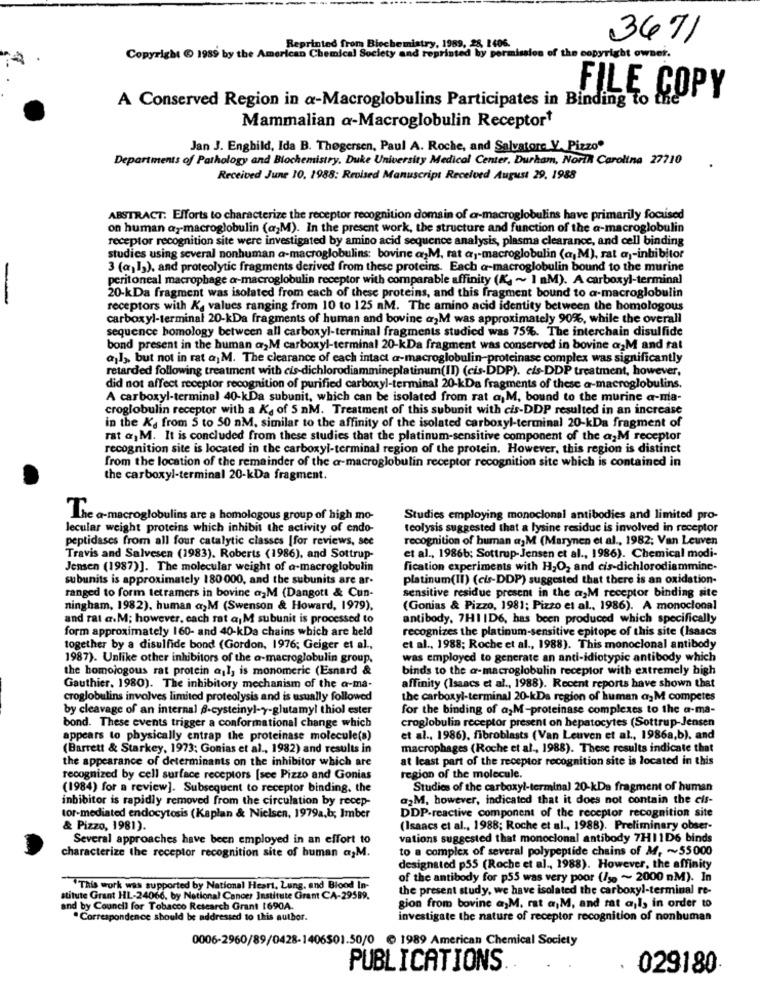
3671
Reprinted from Biochemistry, 1989, 28, 1406.
Copyright @ 1989 by the American Chemical Society and reprinted by permission of the copyright owner.
A Conserved Region in a-Macroglobulins Participates in Binding to the
FILE COPY
Mammalian a-Macroglobulin Receptor?
Jan J. Enghild, Ida B. Thøgersen, Paul A. Roche, and Salvatore V. Pizzo"
Departments of Pathology and Biochemistry. Duke University Medical Center. Durham, North Carolina 27710
Received June 10, 1988: Revised Manuscript Received August 29, 1988
ABSTRACT: Efforts to characterize the receptor recognition domain of a-macroglobulins have primarily focaised
on human aymacroglobulin (a,M). In the present work, the structure and function of the a-macroglobulin
receptor recognition site were investigated by amino acid sequence analysis, plasma clearance, and cell binding
studies using several nonhuman a-macroglobulins: bovine a,M. rat a ,- macroglobulin (a)M), rat a)-inhibitor
3 (a)])), and proteolytic fragments derived from these proteins. Each a-macroglobulin bound to the murine
peritoneal macrophage a-macroglobulin receptor with comparable affinity (K, ~ 1 M). A carboxyl-terminal
-
20-kDa fragment was isolated from each of these proteins, and this fragment bound to a-macroglobulin
receptors with Ks values ranging from 10 to 125 nM. The amino acid identity between the homologous
carboxyl-terminal 20-kDa fragments of human and bovine aM was approximately 90%, while the overall
sequence homology between all carboxyl-terminal fragments studied was 75%. The interchain disulfide
bond present in the human @M carboxyl-terminal 20-kDa fragment was conserved in bovine arM and rat
al>, but not in rat a M. The clearance of each intact a-macroglobulin-proteinase complex was significantly
retarded following treatment with cis-dichlorodiammineplatinum(II) (cis-DDP). cis-DDP treatment, however,
did not affect receptor recognition of purified carboxyl-terminal 20-kDa fragments of these a-macroglobulins.
A carboxyl-terminal 40-kDa subunit, which can be isolated from rat a,M, bound to the murine a-ma-
croglobulin receptor with a Kg of 5 nM. Treatment of this subunit with cis-DDP resulted in an increase
in the K's from 5 to 50 nM, similar to the affinity of the isolated carboxyl-terminal 20-kDa fragment of
rat a, M. It is concluded from these studies that the platinum-sensitive component of the aM receptor
recognition site is located in the carboxyl-terminal region of the protein. However, this region is distinct
from the location of the remainder of the a-macroglobulin receptor recognition site which is contained in
the carboxyl-terminal 20-kDa fragment.
The a-macroglobulins are a homologous group of high mo-
Studies employing monoclonal antibodies and limited pro-
lecular weight proteins which inhibit the activity of endo-
teolysis suggested that a lysine residue is involved in receptor
peptidases from all four catalytic classes [for reviews, see
recognition of human aM (Marynen et al ., 1982; Van Leuven
Travis and Salvesen (1983). Roberts (1986), and Sottrup-
et al ., 1986b; Sottrup-Jensen et al ., 1986). Chemical modi-
Jensen (1987)]. The molecular weight of a-macroglobulin
fication experiments with H2O2 and cis-dichlorodiammine-
subunits is approximately 180 000, and the subunits are ar-
platinum(II) (cis-DDP) suggested that there is an oxidation-
ranged to form tetramers in bovine azM (Dangott & Cun-
sensitive residue present in the aM receptor binding site
ningham, 1982), human a,M (Swenson & Howard, 1979).
(Gonias & Pizzo, 1981; Pizzo et al ., 1986). A monoclonal
and rat a.M; however, each rat ajM subunit is processed to
antibody, 7H1 ID6, has been produced which specifically
form approximately 160- and 40-kDa chains which are held
recognizes the platinum-sensitive epitope of this site (Isaacs
together by a disulfide bond (Gordon, 1976; Geiger et al .,
et al ., 1988; Roche et al ., 1988). This monoclonal antibody
1987). Unlike other inhibitors of the a-macroglobulin group.
was employed to generate an anti-idiotypic antibody which
the homologous rat protein al, is monomeric (Esnard &
binds to the a-macroglobulin receptor with extremely high
Gauthier, 1980). The inhibitory mechanism of the a-ma-
affinity (Isaacs et al ., 1988). Recent reports have shown that
croglobulins involves limited proteolysis and is usually followed
the carboxyl-terminal 20-kDa region of human a-M competes
by cleavage of an internal -cysteinyl-y-glutamyl thiol ester
for the binding of a;M-proteinase complexes to the a-ma-
croglobulin receptor present on hepatocytes (Sottrup-Jensen
bond. These events trigger a conformational change which
appears to physically entrap the proteinase molecule(s)
et al ., 1986), fibroblasts (Van Leuven et al ., 1986a,b), and
(Barrett & Starkey, 1973; Gonias et al ., 1982) and results in
macrophages (Roche et al ., 1988). These results indicate that
the appearance of determinants on the inhibitor which are
at least part of the receptor recognition site is located in this
recognized by cell surface receptors [see Pizzo and Gonias
region of the molecule.
(1984) for a review]. Subsequent to receptor binding, the
Studies of the carboxyl-terminal 20-kDa fragment of human
inbibitor is rapidly removed from the circulation by recep-
a2M, however, indicated that it does not contain the cis-
DDP-reactive component of the receptor recognition site
tor-mediated endocytosis (Kaplan & Nielsen, 1979a,b; Imber
& Pizzo, 1981).
(Isaacs et al ., 1988; Roche et al ., 1988). Preliminary obser-
Several approaches have been employed in an effort to
vations suggested that monoclonal antibody 7H11D6 binds
to a complex of several polypeptide chains of M, ~~ 55000
characterize the receptor recognition site of human a;M.
designated p55 (Roche et al ., 1988). However, the affinity
of the antibody for p55 was very poor (/so ~~ 2000 nM). In
"This work was supported by National Heart, Lung, and Blood In-
the present study, we have isolated the carboxyl-terminal re-
stitute Grant HL-24066, by National Cancer Institute Grant CA-29589.
and by Council for Tobacco Research Grant 1690A.
gion from bovine a,M. rat a,M, and rat ajl, in order to
· Correspondence should be addressed to this author.
investigate the nature of receptor recognition of nonhuman
0006-2960/89/0428-1406501.50/0 @ 1989 American Chemical Society
PUBLICATIONS
029180